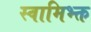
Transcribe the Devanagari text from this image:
स्वामिभ्क्त